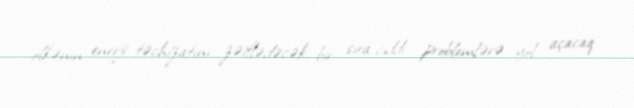
ölkənin enerji təchizatını zəiflədəcək, bir sıra ciddi problemlərə yol açacaq.